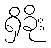
ရှိခိုး